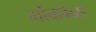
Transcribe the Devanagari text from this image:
गोंक्लेव्स